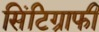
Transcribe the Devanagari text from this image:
सिंटिग्राफी